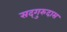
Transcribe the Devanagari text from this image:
सद्‌गुरुदास